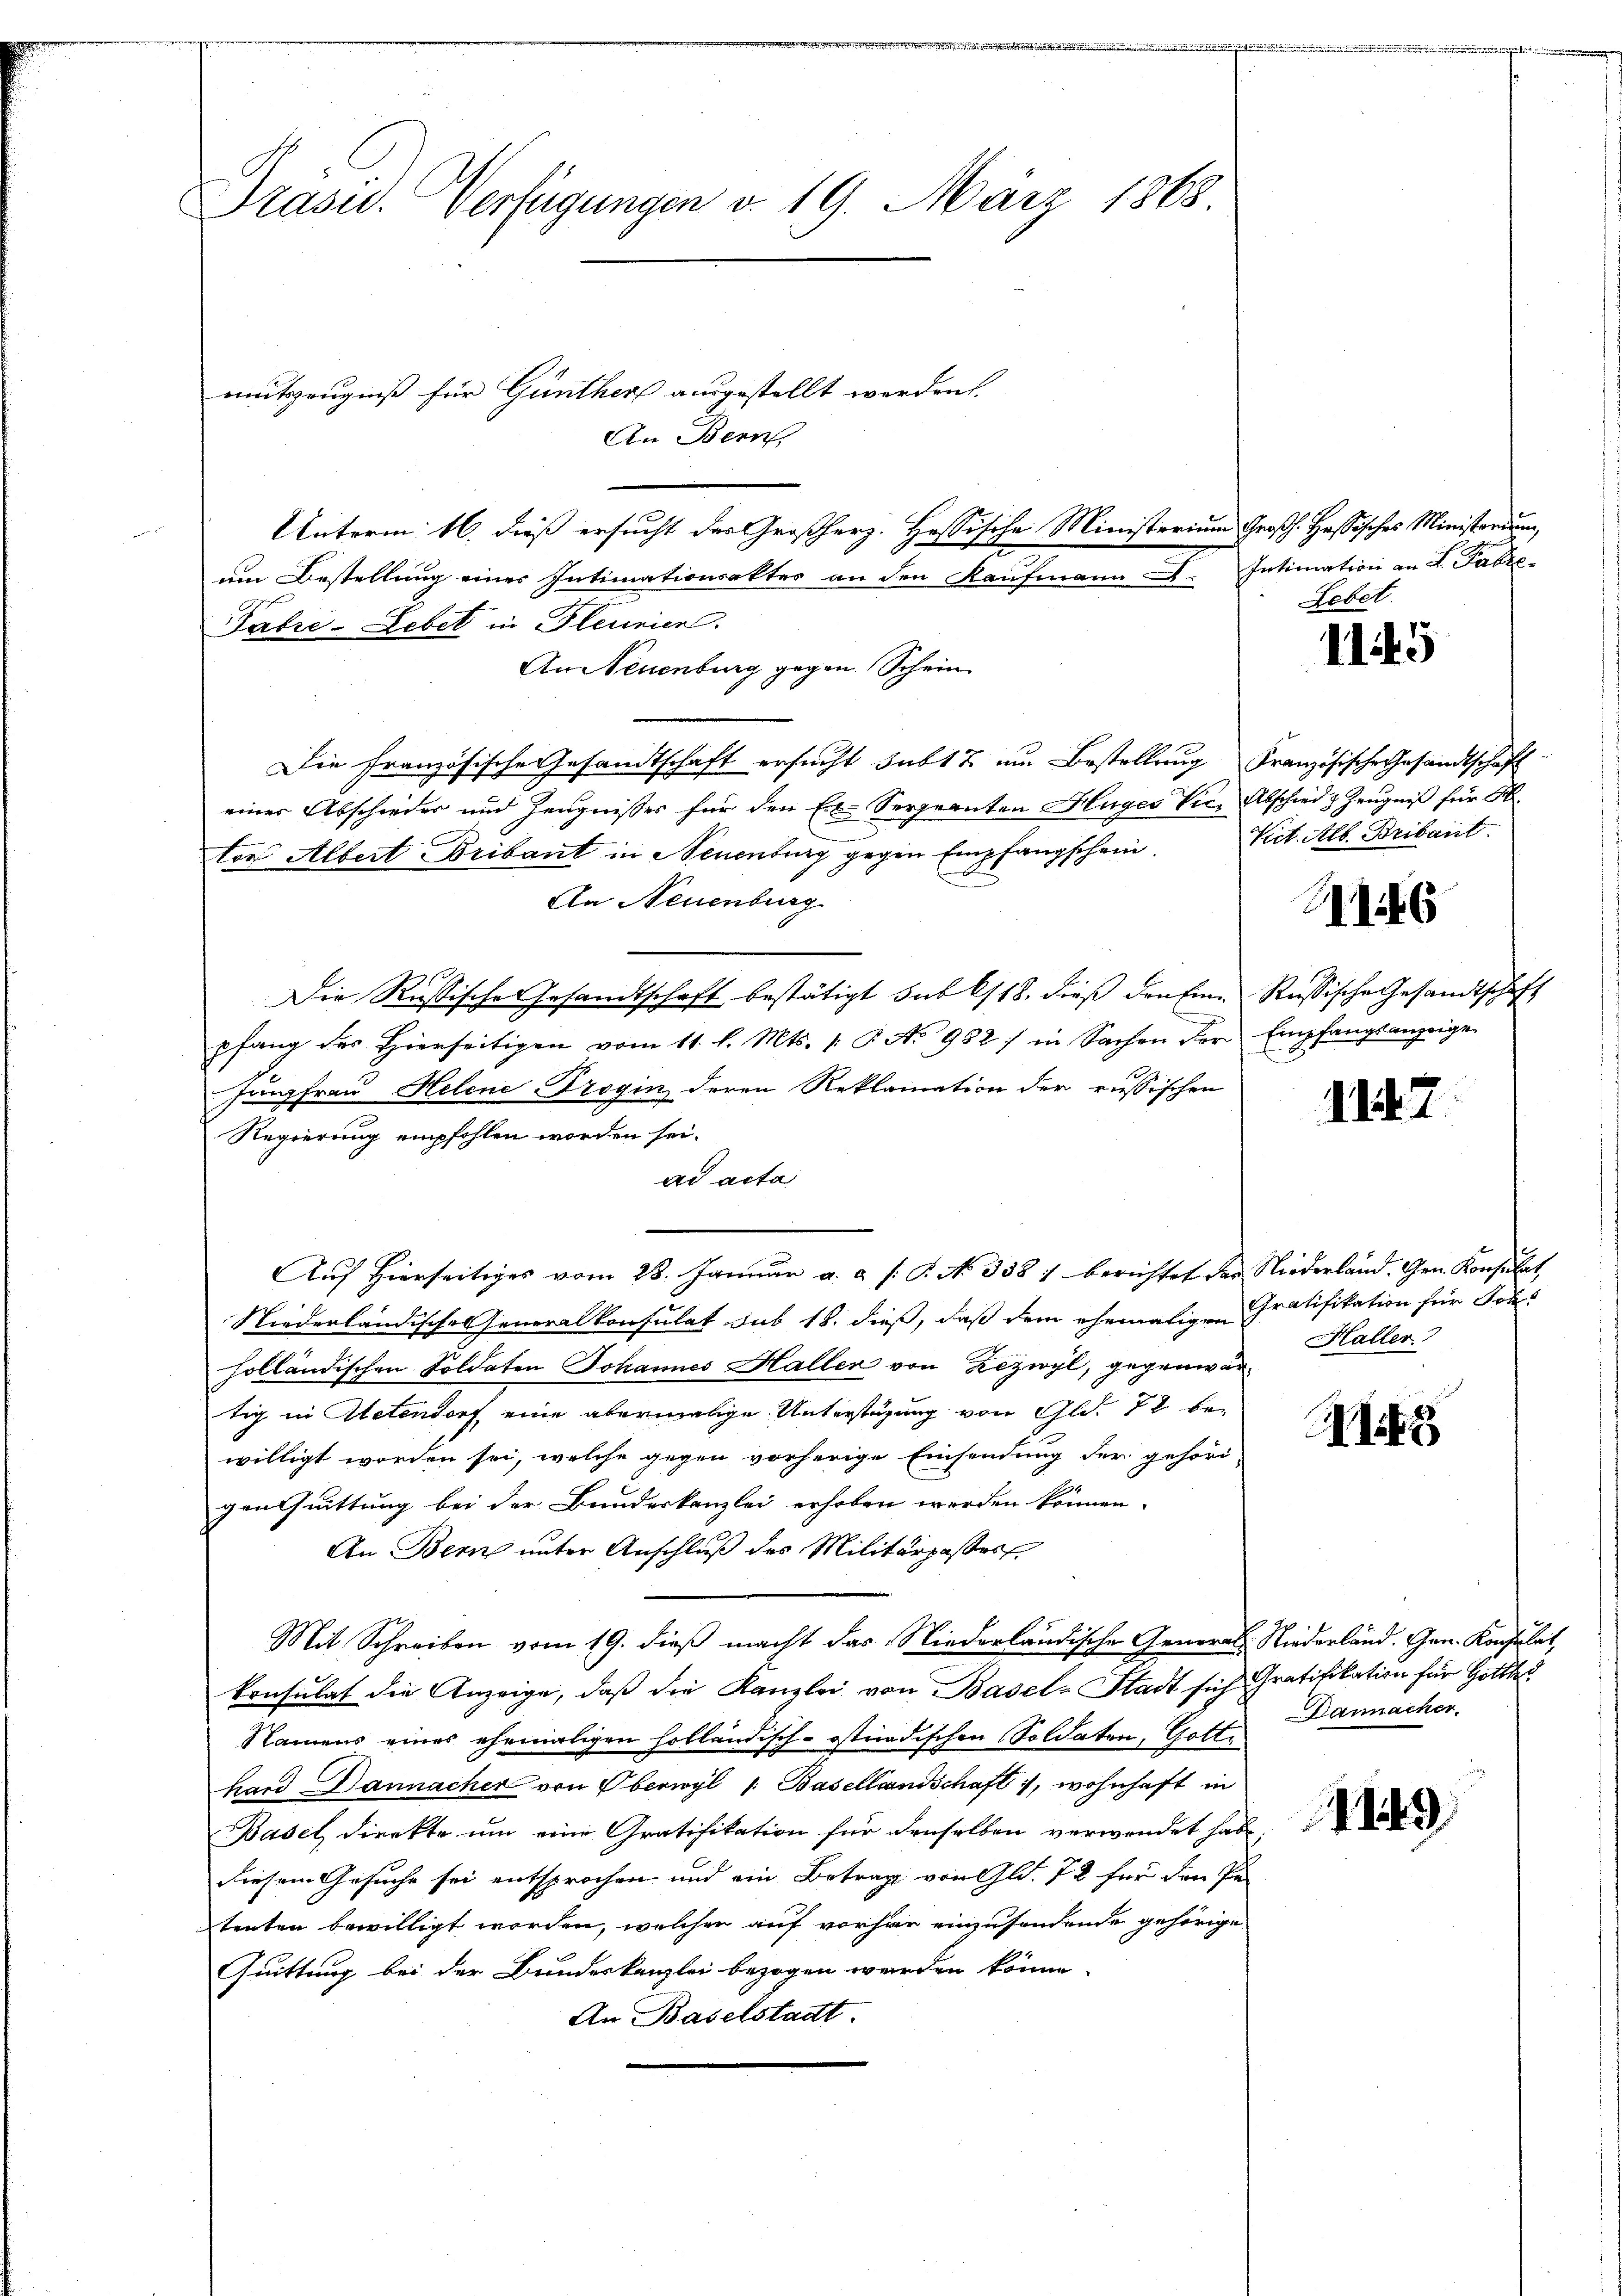
Präsid.. Verfügungen v. 19. März 1868.
mutszeugniß für Günther ausgestellt werden.
An Bern

Unterm 16. dieß ersucht das Großherz. Hessische Ministerium Großh. Hassisches Ministerium,
um Bestellung einer Intimationsaktes an den Kaufmann e
Tabre-Leber in Pleunier.
An Neuenburg gegen Schein
Die Französische Gesandtschaft ersucht subt & um Bestellung
einer Abschieder und Zeugnisses für den Ex. Sergnanten Hüges Vic
ton Albert Bribant in Neuenburg gegen Empfangschein.
An Neuenburg
Die Russische Gesandtschaft bestätigt sub 618. dieß den Einpfang des Hierseitigen vom 11. l. Mts. v. P. No 952 : in Sachen der
Jungfrau Helene Trogin deren Reklamation der russischen
Regierung empfohlen worden sei.
ad acta
Niederländische Generalkonsulat sub 18. dieß, daß dem ehemaligen Gratifikation für Johs
holländischen Soldaten Johannes Haller von Zizwyl, gegenwär
tig in Atetendorf eine abermalige Unterstüzung von Gld. 72 bewilligt worden sei, welche gegen vorherige Einsendung der gehöri
gensuittung bei der Bundeskanzlei erhoben werden können.
An Bern unter Anschluß des Militärpasser
Mit Schreiben vom 19. dieß macht das Niederländische General-Niederländ. Gen. Konsulat,
konsulat die Anzeige, daß die Kanzlei von Basel-Stadt sich
Namens eines ehemaligen holländisch-ostnadischen Soldaten, Gotte
hard Dannacher von Oberwyl 1. Basellandschaft, wohnhaft in
Basel direkte um eine Gratifikation für denselben verwendet hab
diesem Gesuche sei entsprochen und ein Betrag von Gld. 7t für den Pe
tenten bewilligt worden, welchen auf vorher einzusendende gehörige
Quittung bei der Bundeskanzlei bezogen werden könne.
An Baselstadt.

Auf Hierseitiges vom 28. Januar a. a. s. S. No. 338 / berichtet der Niederland. Gen. Konsulat

Intimation an F. Fabr
Lebet.

1145

Französische Gesandtschaft
Abschied z. Zeugnis für Sr.
Vict. Alb. Bribant

416

Russische Gesandtschaft
Empfangsanzeige

114. 7.

Haller

1

Gratifikation für Gotte d
Dannacher.

A149